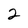
Character: 2